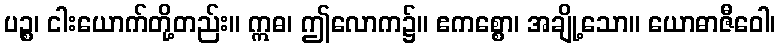
ပဉ္စ၊ ငါးယောက်တို့တည်း။ ဣဓ၊ ဤလောက၌။ ဧကစ္စော၊ အချို့သော။ ယောဓာဇီဝေါ၊